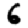
Digit: 6